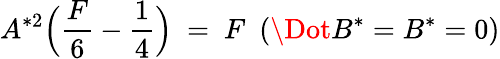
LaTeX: A^{*2}\Big(\frac{F}{6}-\frac{1}{4}\Big)\ =\ F\ \ (\Dot{B^{*}}=B^{*}=0)